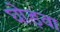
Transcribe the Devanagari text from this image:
घोड़वा